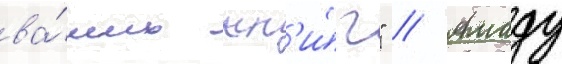
ва́ших кн'и́г" // Амаду